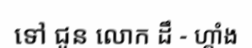
ទៅ ជូន លោក ដឹ - ហ្គាំង